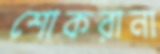
শোকরানা